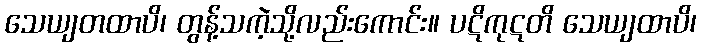
သေယျတထာပိ၊ တွန့်သကဲ့သို့လည်းကောင်း။ ပဋိကုဋတိ သေယျထာပိ၊